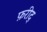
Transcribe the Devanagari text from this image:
फ़रीद्